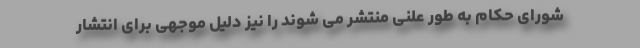
شورای حکام به طور علنی منتشر می شوند را نیز دلیل موجهی برای انتشار